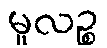
မူလဉ္စ